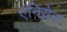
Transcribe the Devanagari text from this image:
ऍनियेन